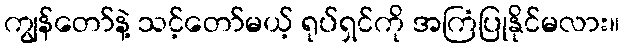
ကျွန်တော်နဲ့ သင့်တော်မယ့် ရုပ်ရှင်ကို အကြံပြုနိုင်မလား။